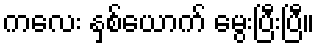
ကလေး နှစ်ယောက် မွေးပြီးပြီ။